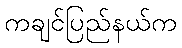
ကချင်ပြည်နယ်က